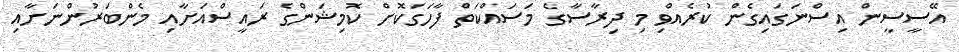
އޭސީސީން އިސްނަގައިގެން ކުރެއްވި މި ދިރާސާގެ މަސައްކަތް ފާހަގަކޮށް ކޮމިޝަންގެ ރައީސްއަށާއި މެންބަރުންނަށާއި